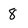
Character: 8